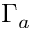
\Gamma _ { a }